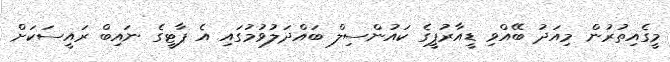
މީގެއިތުރުން މިއަދު ބޭއްވި ޑީއާރުޕީގެ ކައުންސިލް ބައްދަލުވުމުގައި އެ ޕާޓީގެ ނައިބް ރައީސަކަށް